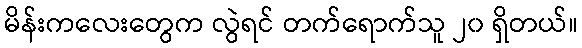
မိန်းကလေးတွေက လွဲရင် တက်ရောက်သူ ၂၀ ရှိတယ်။